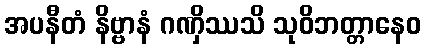
အပနီတံ နိဗ္ဗာနံ ဂဏှိဿသိ သုဝိဘတ္တာနေဝ